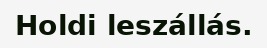
Holdi leszállás.